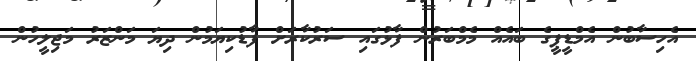
އެހިސާބުން އެމްޑީޕީގެ ބައެއް މެމްބަރުން ފާޅުގައި ސަރުކާރަށް ފާޑުކިޔަމުން ދިޔަ މަންޒަރު މަޖިލީހުން